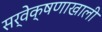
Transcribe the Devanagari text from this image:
सर्वेक्षणाखाली